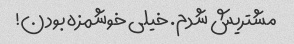
مشتریش شدم. خیلی خوشمزه بودن!